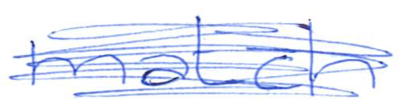
Text: match
Cross-out: mix
Writing tool: ballpoint